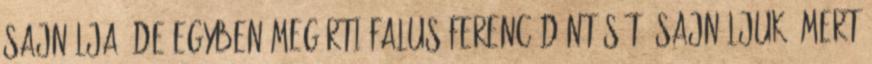
sajnálja, de egyben megérti Falus Ferenc döntését. Sajnáljuk, mert